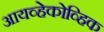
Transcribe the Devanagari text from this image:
आयव्हेकोव्हिक